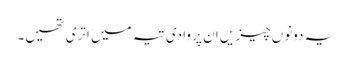
یہ دونوں چیزیں ان پر وادی تیہ میں اتری تھیں۔